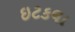
ઇટકલા